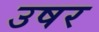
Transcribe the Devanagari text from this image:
उषर